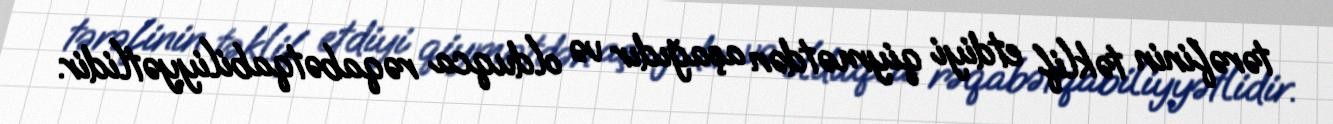
tərəfinin təklif etdiyi qiymətdən aşağıdır və olduqca rəqabətqabiliyyətlidir.